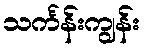
သင်္ကန်းကျွန်း